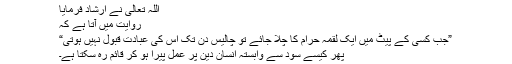
اللہ تعالی نے ارشاد فرمایا
روایت میں آتا ہے کہ
”جب کسی کے پیٹ میں ایک لقمہ حرام کا چلا جائے تو چالیس دن تک اس کی عبادت قبول نہیں ہوتی“
پھر کیسے سود سے وابستہ انسان دین پر عمل پیرا ہو کر قائم رہ سکتا ہے۔